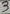
Text: 3